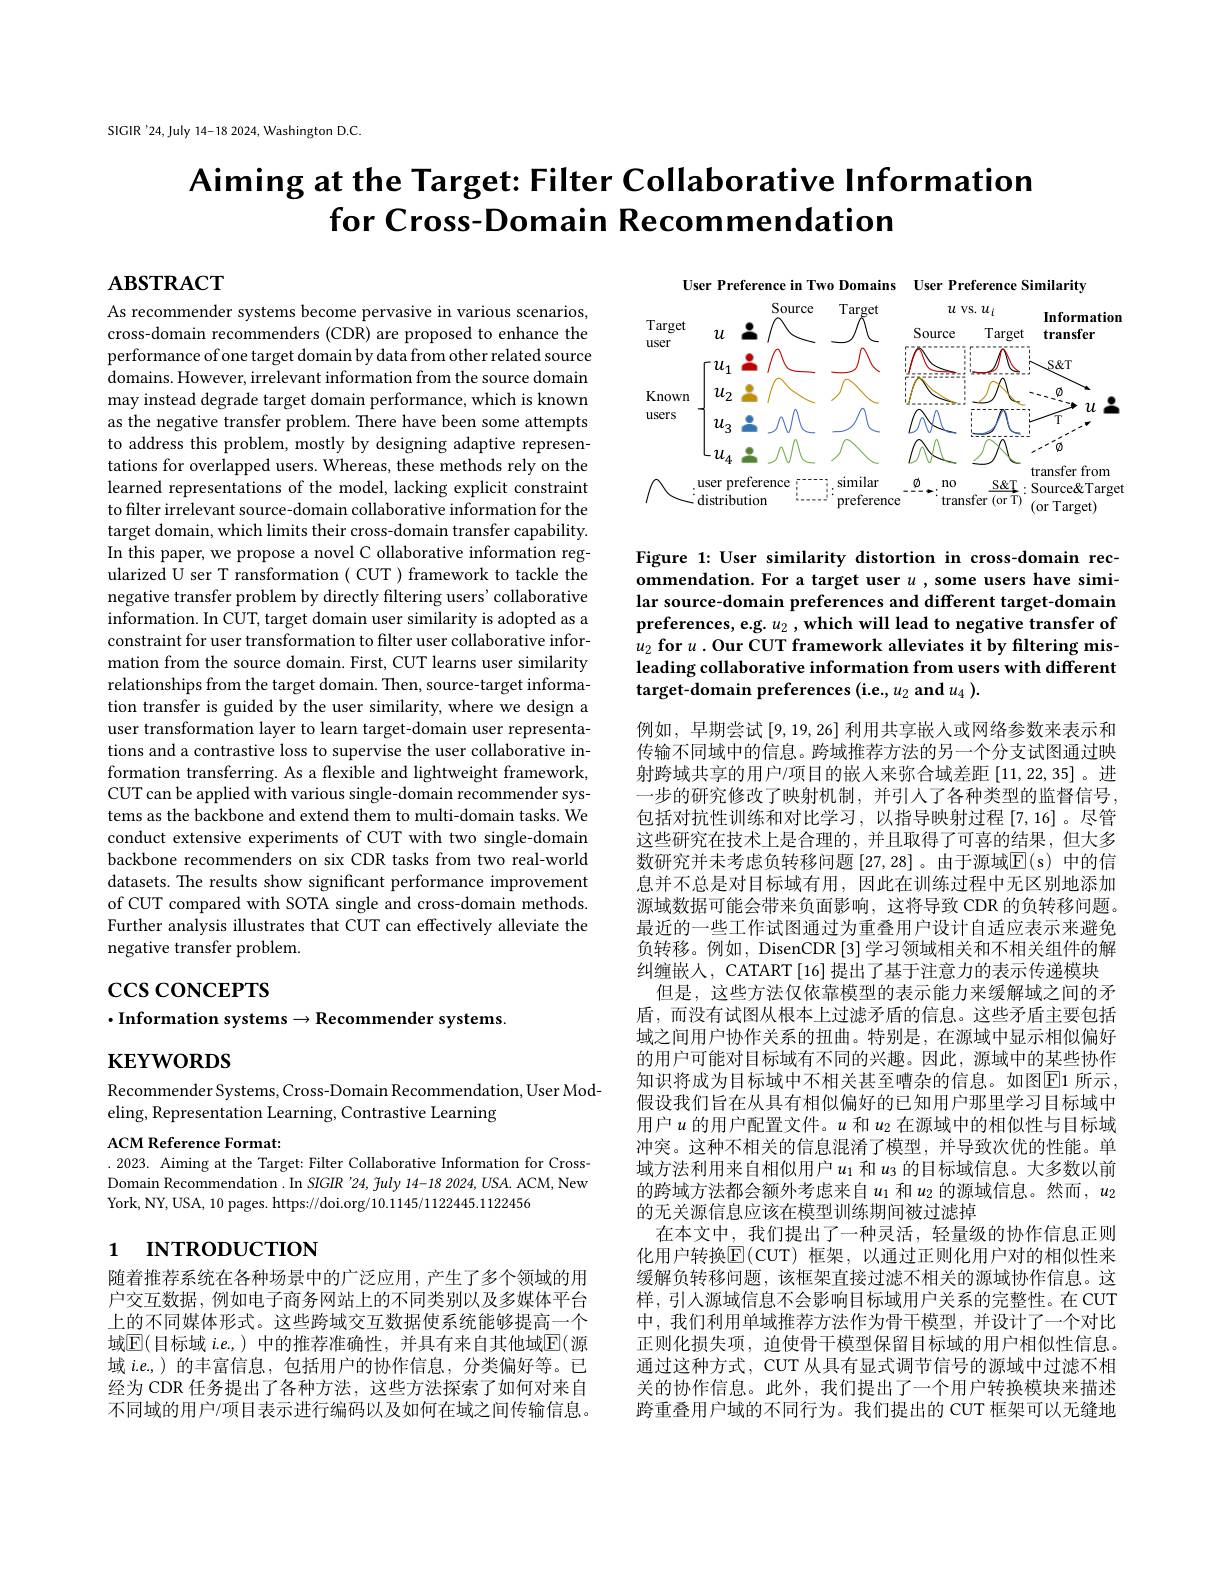
SIGIR'24,July 14-18 2024, Washington D.C.

# Aiming at the Target: Filter Collaborative Information for Cross-Domain Recommendation

$\mathbf{ABSTRACT}$

User Preference in Two Domains User Preference Similarity
<FigureHere>

Figure 1: User similarity distortion in cross-domain recommendation. For a target user $u$ ,some users have similar source-domain preferences and different target-domain preferences, e.g. $u_2$ ,which will lead to negative transfer of $u_2\textbf{ for }u. \textbf{Our CUT framework alleviates it by filtering mis- }$ leading collaborative information from users with different

As recommender systems become pervasive in various scenarios, cross-domain recommenders (CDR) are proposed to enhance the performance of one target domain by data from other related source domains. However, irrelevant information from the source domain may instead degrade target domain performance, which is known as the negative transfer problem. There have been some attempts to address this problem, mostly by designing adaptive representations for overlapped users. Whereas, these methods rely on the learned representations of the model, lacking explicit constraint to filter irrelevant source-domain collaborative information for the target domain, which limits their cross-domain transfer capability. In this paper, we propose a novel C ollaborative information regularized U ser T ransformation ( CUT ) framework to tackle the negative transfer problem by directly filtering users' collaborative information. In CUT, target domain user similarity is adopted as a constraint for user transformation to filter user collaborative information from the source domain. First, CUT learns user similarity relationships from the target domain. Then, source-target information transfer is guided by the user similarity, where we design a user transformation layer to learn target-domain user representations and a contrastive loss to supervise the user collaborative information transferring. As a flexible and lightweight framework, CUT can be applied with various single-domain recommender systems as the backbone and extend them to multi-domain tasks. We conduct extensive experiments of CUT with two single-domain backbone recommenders on six CDR tasks from two real-world datasets. The results show significant performance improvement of CUT compared with SOTA single and cross-domain methods. Further analysis illustrates that CUT can effectively alleviate the negative transfer problem.

# $\csc\cos$coNCEPTS
$\cdot$Information systems$\to$Recommender systems.

$\mathbf{KEYWORDS}$

例如，早期尝试[9,19,26] 利用共享嵌人或网络参数来表示和传输不同域中的信息。跨域推荐方法的另一个分支试图通过映射跨域共享的用户/项目的嵌入来弥合域差距[11,22,35] 。进一步的研究修改了映射机制，并引人了各种类型的监督信号， 包括对抗性训练和对比学习，以指导映射过程[7,16]。尽管这些研究在技术上是合理的，并且取得了可喜的结果，但大多数研究并未考虑负转移问题[27,28]。由于源域$\mathbb{E}($s)中的信息并不总是对目标域有用，因此在训练过程中无区别地添加源域数据可能会带来负面影响，这将导致 CDR 的负转移问题。最近的一些工作试图通过为重叠用户设计自适应表示来避免负转移。例如，DisenCDR[3]学习领域相关和不相关组件的解纠缠嵌人，CATART[16]提出了基于注意力的表示传递模块
但是，这些方法仅依靠模型的表示能力来缓解域之间的矛盾，而没有试图从根本上过滤矛盾的信息。这些矛盾主要包括域之间用户协作关系的扭曲。特别是，在源域中显示相似偏好的用户可能对目标域有不同的兴趣。因此，源域中的某些协作知识将成为目标域中不相关甚至嘈杂的信息。如图$\boxed{\mathrm{E}}1$ 所示， 假设我们旨在从具有相似偏好的已知用户那里学习目标域中用户$u$ 的用户配置文件。$u$ 和$u_2$ 在源域中的相似性与目标域冲突。这种不相关的信息混淆了模型，并导致次优的性能。单域方法利用来自相似用户$u_1$和$u_3$的目标域信息。大多数以前的跨域方法都会额外考虑来自$u_1$和$u_2$的源域信息。然而$,u_2$ 的无关源信息应该在模型训练期间被过滤掉
在本文中，我们提出了一种灵活，轻量级的协作信息正则化用户转换$\boxed{\mathrm{E}}($CUT)框架，以通过正则化用户对的相似性来缓解负转移问题，该框架直接过滤不相关的源域协作信息。这样，引人源域信息不会影响目标域用户关系的完整性。在 CUT 中，我们利用单域推荐方法作为骨干模型，并设计了一个对比正则化损失项，迫使骨干模型保留目标域的用户相似性信息。通过这种方式，CUT 从具有显式调节信号的源域中过滤不相关的协作信息。此外，我们提出了一个用户转换模块来描述跨重叠用户域的不同行为。我们提出的 CUT 框架可以无缝地

Recommender Systems, Cross-Domain Recommendation, User Mod-
eling, Representation Learning, Contrastive Learning

ACM Reference Format:
.2023. Aiming at the Target: Filter Collaborative Information for CrossDomain Recommendation .In SIGIR '24, $\tilde{f}uly$ 14-18 2024, USA. ACM, New York, NY, USA, 10 pages. https://doi.org/10.1145/1122445.1122456

# 1 INTRODUCTION

随着推荐系统在各种场景中的广泛应用，产生了多个领域的用户交互数据，例如电子商务网站上的不同类别以及多媒体平台上的不同媒体形式。这些跨域交互数据使系统能够提高一个域$\mathbb{E}($目标域 $i.e.$)中的推荐准确性，并具有来自其他域$\mathbb{E}($源域$i.e$,)的丰富信息，包括用户的协作信息，分类偏好等。已经为 CDR 任务提出了各种方法，这些方法探索了如何对来自不同域的用户/项目表示进行编码以及如何在域之间传输信息。